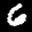
Label: 6